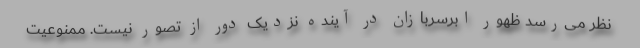
نظر می‌رسد ظهور ابرسربازان در آینده نزدیک دور از تصور نیست. ممنوعیت